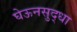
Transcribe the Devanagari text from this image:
घेऊनसुद्धा